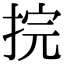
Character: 捖